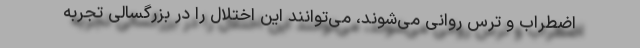
اضطراب و ترس روانی می‌شوند، می‌توانند این اختلال را در بزرگسالی تجربه